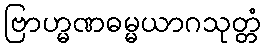
ဗြာဟ္မဏဓမ္မယာဂသုတ္တံ